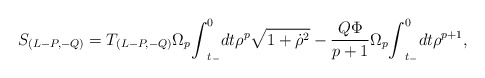
\begin{align*}S_{(L-P,-Q)}=T_{(L-P,-Q)}{\Omega}_{p} {\int}_{t_{-}}^{0}dt {\rho}^{p}\sqrt {1+{\dot {\rho}}^{2}} -\frac{Q{\Phi}}{p+1} {\Omega}_{p} {\int}_{t_{-}}^{0}dt {\rho}^{p+1},\end{align*}